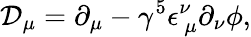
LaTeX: {\mathcal D}_{\mu}=\partial_{\mu}-\gamma^{5}\epsilon_{\ \mu}^{\nu}\partial_{\nu}\phi,